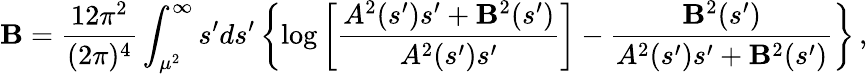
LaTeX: {\cal{\mathbf{B}}}=\frac{{12\pi^{2}}}{{(2\pi)^{4}}}\int_{\mu^{2}}^{\infty}s^{\prime}ds^{\prime}\left\{ \log\left[\frac{{A^{2}(s^{\prime})s^{\prime}+\mathbf{B}^{2}(s^{\prime})}}{{A^{2}(s^{\prime})s^{\prime}}}\right]-\frac{{\mathbf{B}^{2}(s^{\prime})}}{{A^{2}(s^{\prime})s^{\prime}+\mathbf{B}^{2}(s^{\prime})}}\right\} \, ,